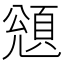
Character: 𩒬